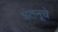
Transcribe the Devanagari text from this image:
शंतनूचे